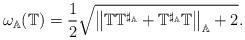
LaTeX: \begin{align*}\omega_\mathbb{A}(\mathbb{T})=\frac{1}{2}\sqrt{{\big\|\mathbb{T}\mathbb{T}^{\sharp_\mathbb{A}} + \mathbb{T}^{\sharp_\mathbb{A}} \mathbb{T}\big\|}_\mathbb{A} + 2}.\end{align*}